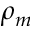
\rho _ { m }